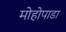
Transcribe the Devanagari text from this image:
मोहोपाडा